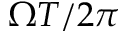
\Omega T / 2 \pi